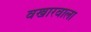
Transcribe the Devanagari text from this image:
वखारवाला